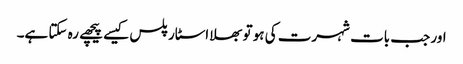
اور جب بات شہرت کی ہو تو بھلا اسٹار پلس کیسے پیچھے رہ سکتا ہے۔